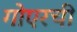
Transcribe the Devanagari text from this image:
गोएरची